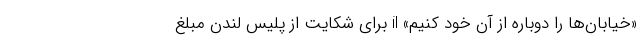
«خیابان‌ها را دوباره از آن خود کنیم» il برای شکایت از پلیس لندن مبلغ